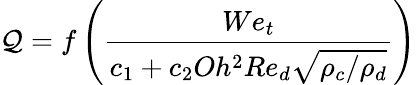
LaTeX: \mathcal{Q}=f\left(\frac{We_{t}}{c_{1}+c_{2}Oh^{2}Re_{d}\sqrt{\rho_{c}/\rho_{d}}}\right)